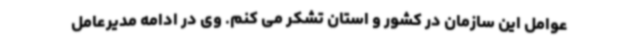
عوامل این سازمان در کشور و استان تشکر می کنم. وی در ادامه مدیرعامل